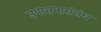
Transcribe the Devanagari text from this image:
उपासनासंबंध